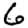
Digit: 6